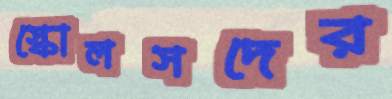
স্কোলসদের